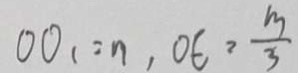
O O _ { 1 } = n , O E = \frac { m } { 3 }